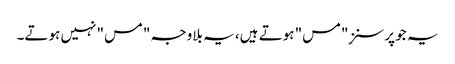
یہ جو پرسنز ِ"مس" ہوتے ہیں، یہ بلاوجہ "مس" نہیں ہوتے۔